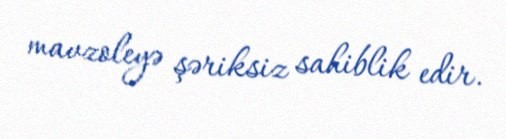
mavzoleyə şəriksiz sahiblik edir.